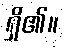
ရှိ၏။